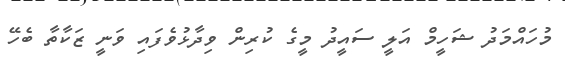
މުހައްމަދު ޝަހީމް އަލީ ސައީދު މީގެ ކުރިން ވިދާޅުވެފައި ވަނީ ޒަކާތާ ބެހޭ